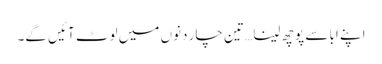
اپنے ابا سے پوچھ لینا… تین چار دنوں میں لوٹ آئیں گے۔